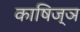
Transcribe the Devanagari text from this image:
काषिज्ञ